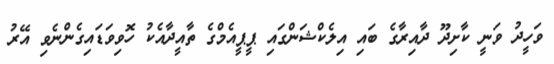
ވަހީދު ވަނީ ކާށިދޫ ދާއިރާގެ ބައި އިލެކްޝަންގައި ޕީޕީއެމްގެ ތާއީދާއެކު ހޮވިވަޑައިގެންނެވި އޭރު